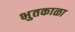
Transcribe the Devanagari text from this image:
भुतकाळा